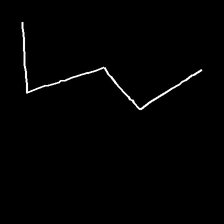
Glyph: crush